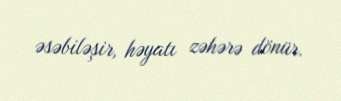
əsəbiləşir, həyatı zəhərə dönür.